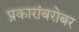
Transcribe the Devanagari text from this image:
प्रकारांबरोबर